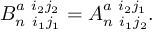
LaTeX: B _ { n \ i _ { 1 } j _ { 1 } } ^ { a \ i _ { 2 } j _ { 2 } } = A _ { n \ i _ { 1 } j _ { 2 } } ^ { a \ i _ { 2 } j _ { 1 } } .